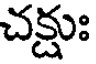
చక్షుః